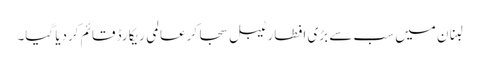
لبنان میں سب سے بڑی افطار ٹیبل سجا کرعالمی ریکارڈ قائم کردیا گیا۔